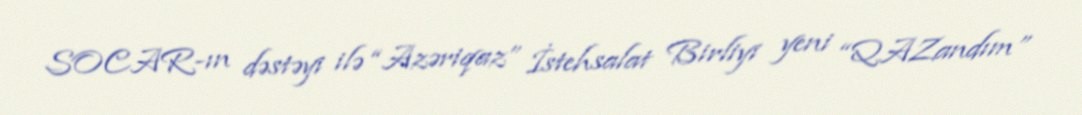
SOCAR-ın dəstəyi ilə “Azəriqaz” İstehsalat Birliyi yeni “QAZandım”